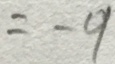
= - 9